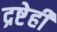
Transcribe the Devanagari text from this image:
द्रष्टेही